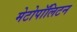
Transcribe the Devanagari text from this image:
मेटोपॉलिटन